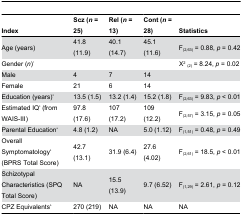
<table><thead><tr><td><b>Index</b></td><td><b>Scz (<i>n</i> = 25)</b></td><td><b>Rel (<i>n</i> = 13)</b></td><td><b>Cont (<i>n</i> = 28)</b></td><td><b>Statistics</b></td></tr></thead><tbody><tr><td>Age (years)</td><td>41.8 (11.9)</td><td>40.1 (14.7)</td><td>45.1 (11.6)</td><td>F<sub>(2,63)</sub> = 0.88, <i>p</i> = 0.42</td></tr><tr><td colspan="4">Gender (<i>n</i>)<sup>1</sup></td><td>Χ<sup>2</sup><sub>(2)</sub> = 8.24, <i>p</i> = 0.02</td></tr><tr><td>Male</td><td>4</td><td>7</td><td>14</td><td></td></tr><tr><td>Female</td><td>21</td><td>6</td><td>14</td><td></td></tr><tr><td>Education (years)<sup>2</sup></td><td>13.5 (1.5)</td><td>13.2 (1.4)</td><td>15.2 (1.8)</td><td>F<sub>(2,63)</sub> = 9.83, <i>p</i> &lt; 0.01</td></tr><tr><td>Estimated IQ<sup>3</sup> (from WAIS-III)</td><td>97.8 (17.6)</td><td>107 (17.2)</td><td>109 (12.2)</td><td>F<sub>(2,57)</sub> = 3.15, <i>p</i> = 0.05</td></tr><tr><td>Parental Education<sup>a</sup></td><td>4.8 (1.2)</td><td>NA</td><td>5.0 (1.12)</td><td>F<sub>(1,51)</sub> = 0.48, <i>p</i> = 0.49</td></tr><tr><td>Overall Symptomatology<sup>4</sup> (BPRS Total Score)</td><td>42.7 (13.1)</td><td>31.9 (6.4)</td><td>27.6 (4.02)</td><td>F<sub>(2,61)</sub> = 18.5, <i>p</i> &lt; 0.01</td></tr><tr><td>Schizotypal Characteristics (SPQ Total Score)</td><td>NA</td><td>15.5 (13.9)</td><td>9.7 (6.52)</td><td>F<sub>(1,29)</sub> = 2.61, <i>p</i> = 0.12</td></tr><tr><td>CPZ Equivalents<sup>b</sup></td><td>270 (219)</td><td>NA</td><td>NA</td><td>NA</td></tr></tbody></table>